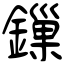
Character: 鏁